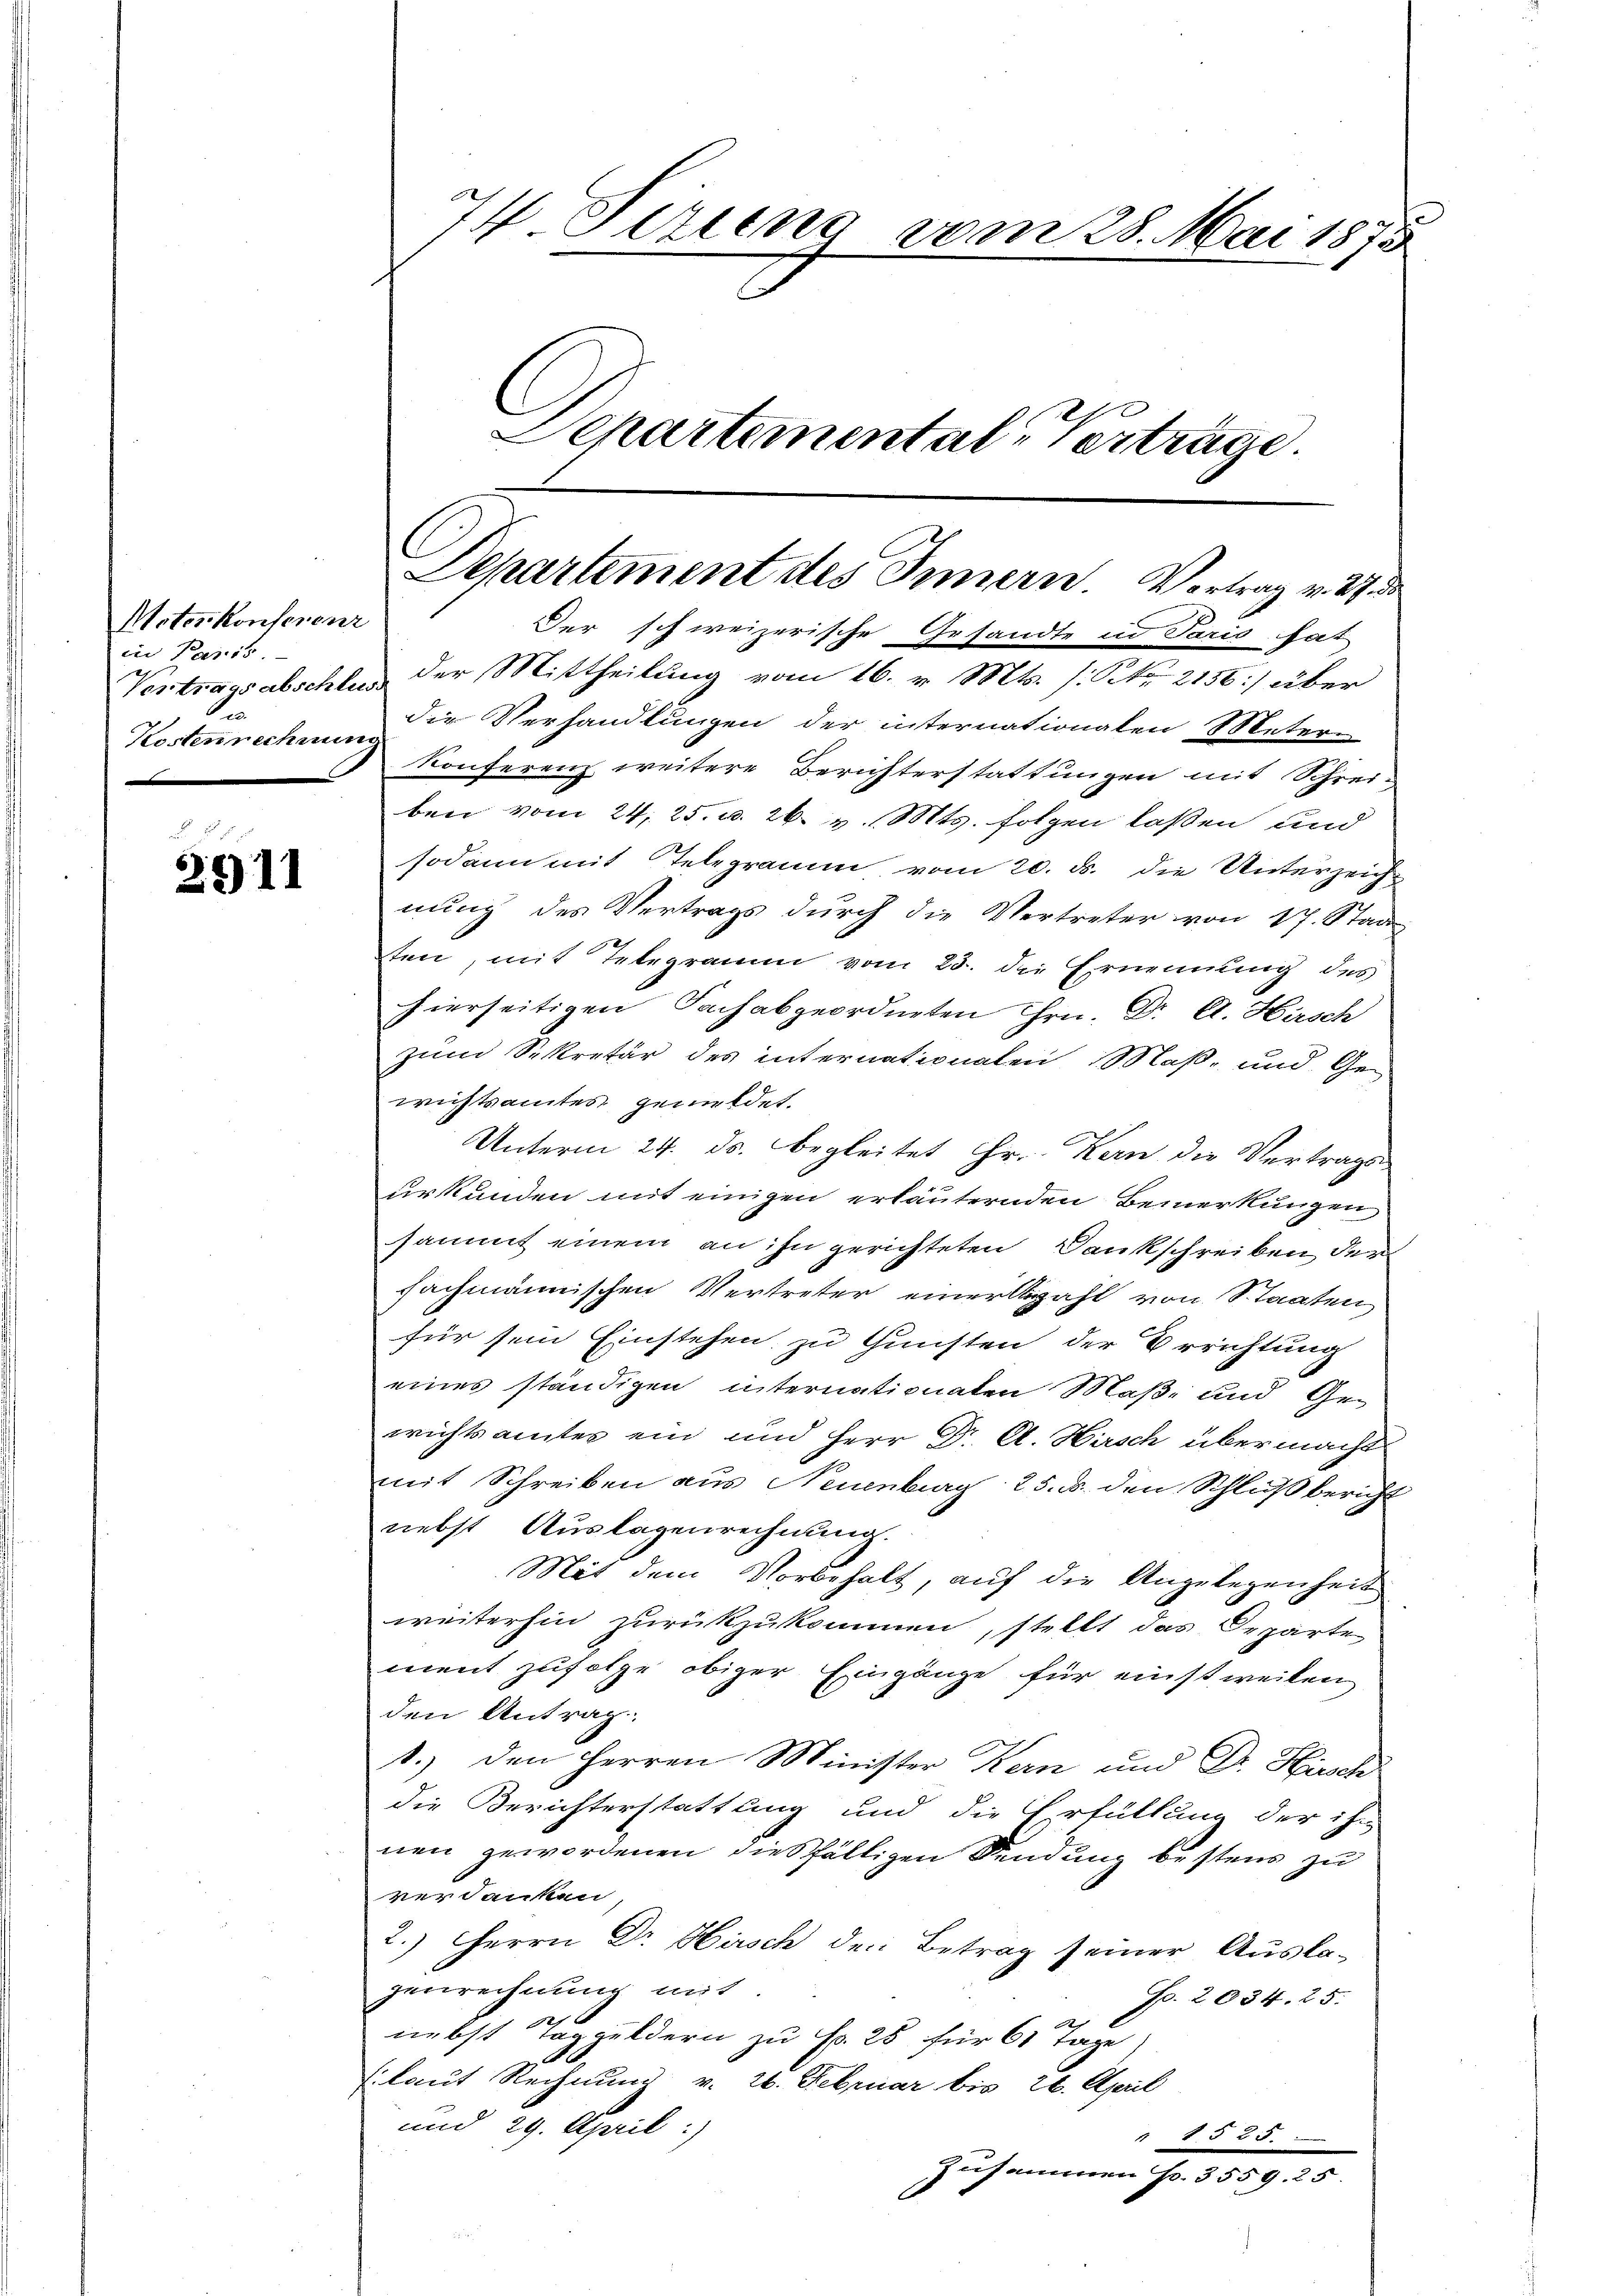
Motorkonserenz
in Paris.
s
Kostenrechnung

2911

77 Jezung vom 28. Mai 1875
Separtemental-Verträge.

Departement des Innern. Vortrag v. 27 de

Der schweizerische Gesandte in Paris hat
Vertragsabschles der Mittheilung vom 16. v. Mts. (: No 2156] über
die Verhandlungen der internationalen Meter-
Konferenz weitere Berichterstattungen mit Schreiben vom 24. 25. d. 26. v. Mts. folgen laßen und
sodann mit Telegramm vom 20. ds. die Unterzeichnung des Vertrags durch die Vertreter von 17. Stad
ten, mit Telegramm vom 23. die Ernennung des
hierseitigen Fach abgeordneten Hrn. Dr A. Hirsch
zum Sekretär des internationalen Maß- und Gewichtsamtes gemeldet.
Unterm 24. ds. begleitet Hr. Kan die Vertragen
urkunden mit einigen erläuternden Bemerkungen
sammt einem an ihn gerichteten Dankschreiben der
fachmännischen Vertreter einer zahl von Staaten
für sein Einstehen zu Gunsten der Errichtung
eines ständigen internationaten Maß- und Gewichtsamtes ein und Herr Dr. A. Hirsch übermacht
mit Schreiben aus Neuenburg 25. d. den Schluß bericht
nebst Auslagenrechnung.
Mit dem Vorbehalt, auf die Angelegenheit
weiterhin zurückzukommen, stellt das Departe
ment zufolge obiger Eingänge für einstweilen
den Antrag.
1.) Den Herren Minister Kern und Dr. Hirsch
die Berichterstattung und die Erfüllung der ihr
nen gewordenen dießfälligen Sendung bestens zu
verdanken,
2.) Herrn Dr Hirsch den Betrag seiner Auslagenrechnung mit
sp. 2034. 25.
nebst Taggeldern zu Fr. 25 für 61 Tage,
(laut Rechnung v. 26. Februar bis 26. April
und 29. April:
 1525
zusammen Fr. 3559. 25.